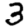
Digit: 3